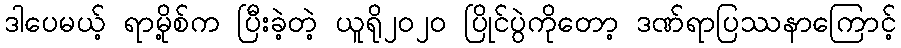
ဒါပေမယ့် ရာမို့စ်က ပြီးခဲ့တဲ့ ယူရို၂၀၂၀ ပြိုင်ပွဲကိုတော့ ဒဏ်ရာပြဿနာကြောင့်